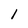
Character: 1